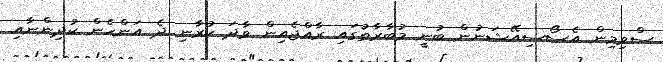
ސްވިމިން އެސޯސިއޭޝަނުން ބުނީ މުބާރާތުގައި ރާއްޖެއިން ވާދަ ކުރާނި ދެ އަންހެން ކުދިންނާއި